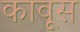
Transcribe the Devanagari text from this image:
कावूस